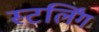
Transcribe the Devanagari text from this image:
स्टर्लिंग